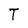
Character: T